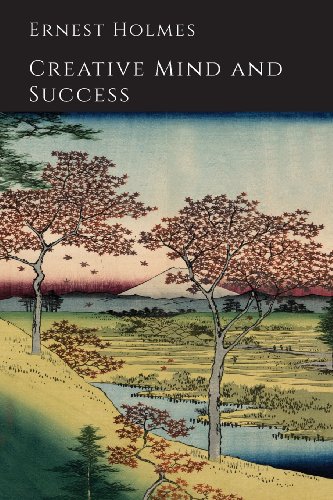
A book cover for Creative Mind and Success; Ernest Holmes; Religion & Spirituality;